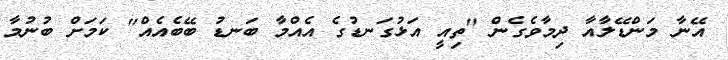
އޭނާ މަންޑޭލާއާ ދިމާވެގެން "ތިއީ އަޅުގަނޑުގެ އެއްމާ ބަނޑު ބޭބެއެއް" ކަމަށް ބުނުމާ